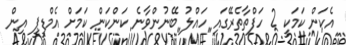
އެކަން ކަމަކީ 2 ހަފްތާތެރޭގައި ހައްލު ބޭނުންވާނެ ކަންކަން ކަމަށް އެމްޑީޕީ އިން